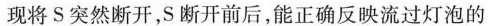
现将S突然断开，S断开前后，能正确反映流过灯泡的